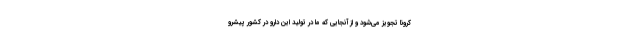
کرونا تجویز می‌شود و از آنجایی که ما در تولید این دارو در کشور پیشرو